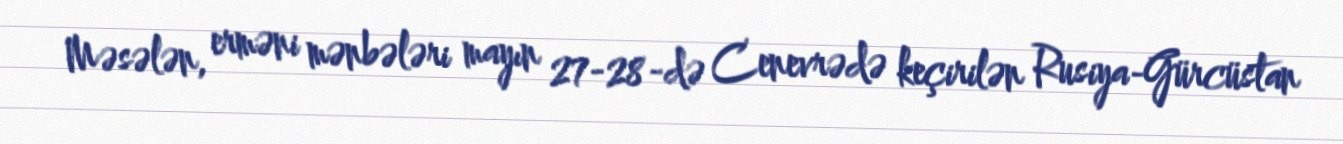
Məsələn, erməni mənbələri mayın 27-28-də Cenevrədə keçirilən Rusiya-Gürcüstan